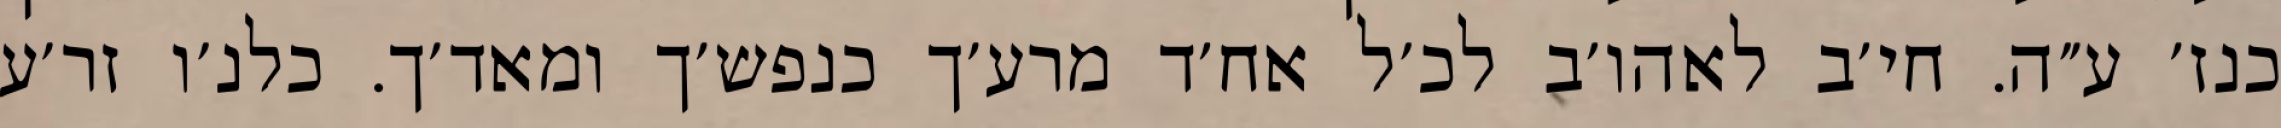
כנז׳ ע״ה. חי׳ב לאהו׳ב לכ׳ל אח׳ד מרע׳ך כנפש׳ך ומאד׳ך. כלנ׳ו זר׳ע